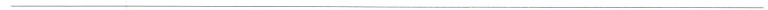
___